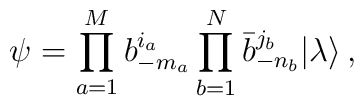
\psi=\prod_{a=1}^Mb^{i_a}_{-m_a}\prod_{b=1}^N\bar b^{j_b}_{-n_b}|\lambda\rangle\,,